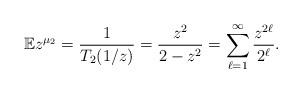
LaTeX: \begin{align*}\mathbb{E} z^{\mu_{2}} = \frac{1}{T_{2}(1/z)} = \frac{z^{2}}{2-z^{2}} = \sum_{\ell=1}^{\infty} \frac{z^{2 \ell}}{2^{\ell}}.\end{align*}